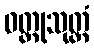
ဝတ္ထုသုတ္တံ